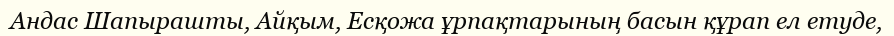
Андас Шапырашты, Айқым, Есқожа ұрпақтарының басын құрап ел етуде,